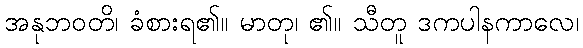
အနုဘဝတိ၊ ခံစားရ၏။ မာတု၊ ၏။ သီတူ ဒကပါနကာလေ၊